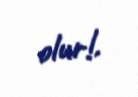
olur!.